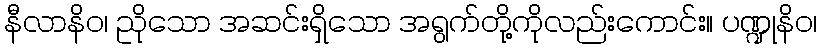
နီလာနိဝ၊ ညိုသော အဆင်းရှိသော အရွက်တို့ကိုလည်းကောင်း။ ပဏ္ဍုနိဝ၊